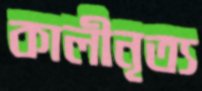
কালীনৃত্য